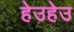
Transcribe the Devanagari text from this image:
हेउहेउ